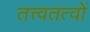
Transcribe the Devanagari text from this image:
तत्त्वतत्वों